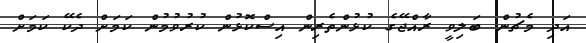
އަދި މެޗުން ބަލިވީ ރާއްޖޭގެ ކުޅުންތެރިން އިސްކޮޅުން ކުރުވުމުން ކަމަށް ދެކޭ ކަމަށް